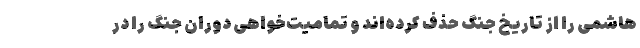
هاشمی را از تاریخ جنگ حذف کرده‌اند و تمامیت‌خواهی دوران جنگ را در